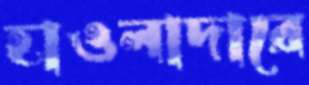
হাওলাদারে